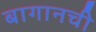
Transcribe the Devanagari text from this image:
बागानची